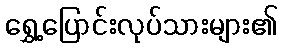
ရွှေ့ပြောင်းလုပ်သားများ၏